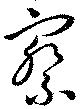
察